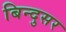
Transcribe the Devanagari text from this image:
बिन्दुसर